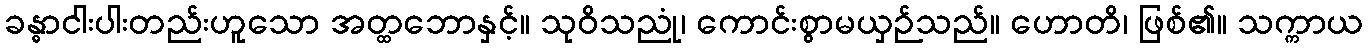
ခန္ဓာငါးပါးတည်းဟူသော အတ္ထဘောနှင့်။ သုဝိသညုံ၊ ကောင်းစွာမယှဉ်သည်။ ဟောတိ၊ ဖြစ်၏။ သက္ကာယ